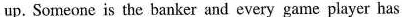
up. Someone is the banker and every game player has